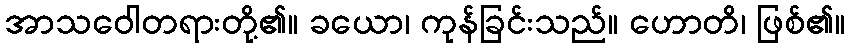
အာသဝေါတရားတို့၏။ ခယော၊ ကုန်ခြင်းသည်။ ဟောတိ၊ ဖြစ်၏။